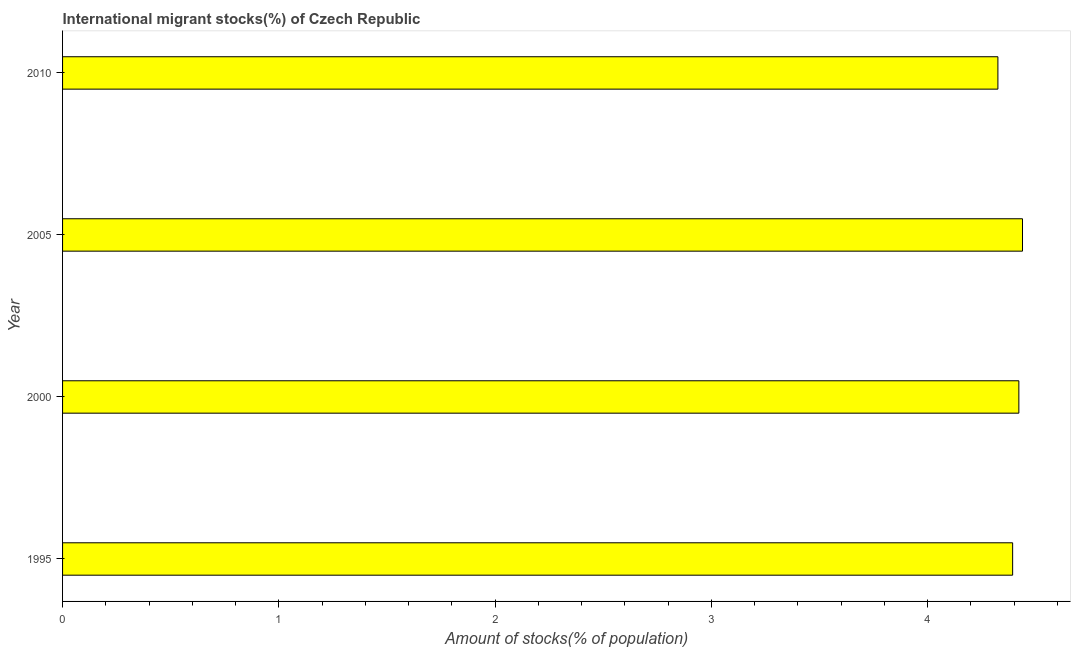
| Year | International migrant stock |
 | --- | --- |
 | 1995 | 4.39 |
 | 2000 | 4.42 |
 | 2005 | 4.44 |
 | 2010 | 4.33 |